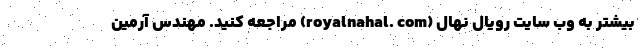
بیشتر به وب سایت رویال نهال (royalnahal. com) مراجعه کنید. مهندس آرمین